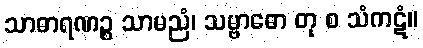
သာဓာရဏဉ္စ သာမညံ၊ သမ္ဗာဓော တု စ သံကဋံ။